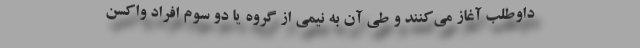
داوطلب آغاز می‌کنند و طی آن به نیمی از گروه یا دو سوم افراد واکسن